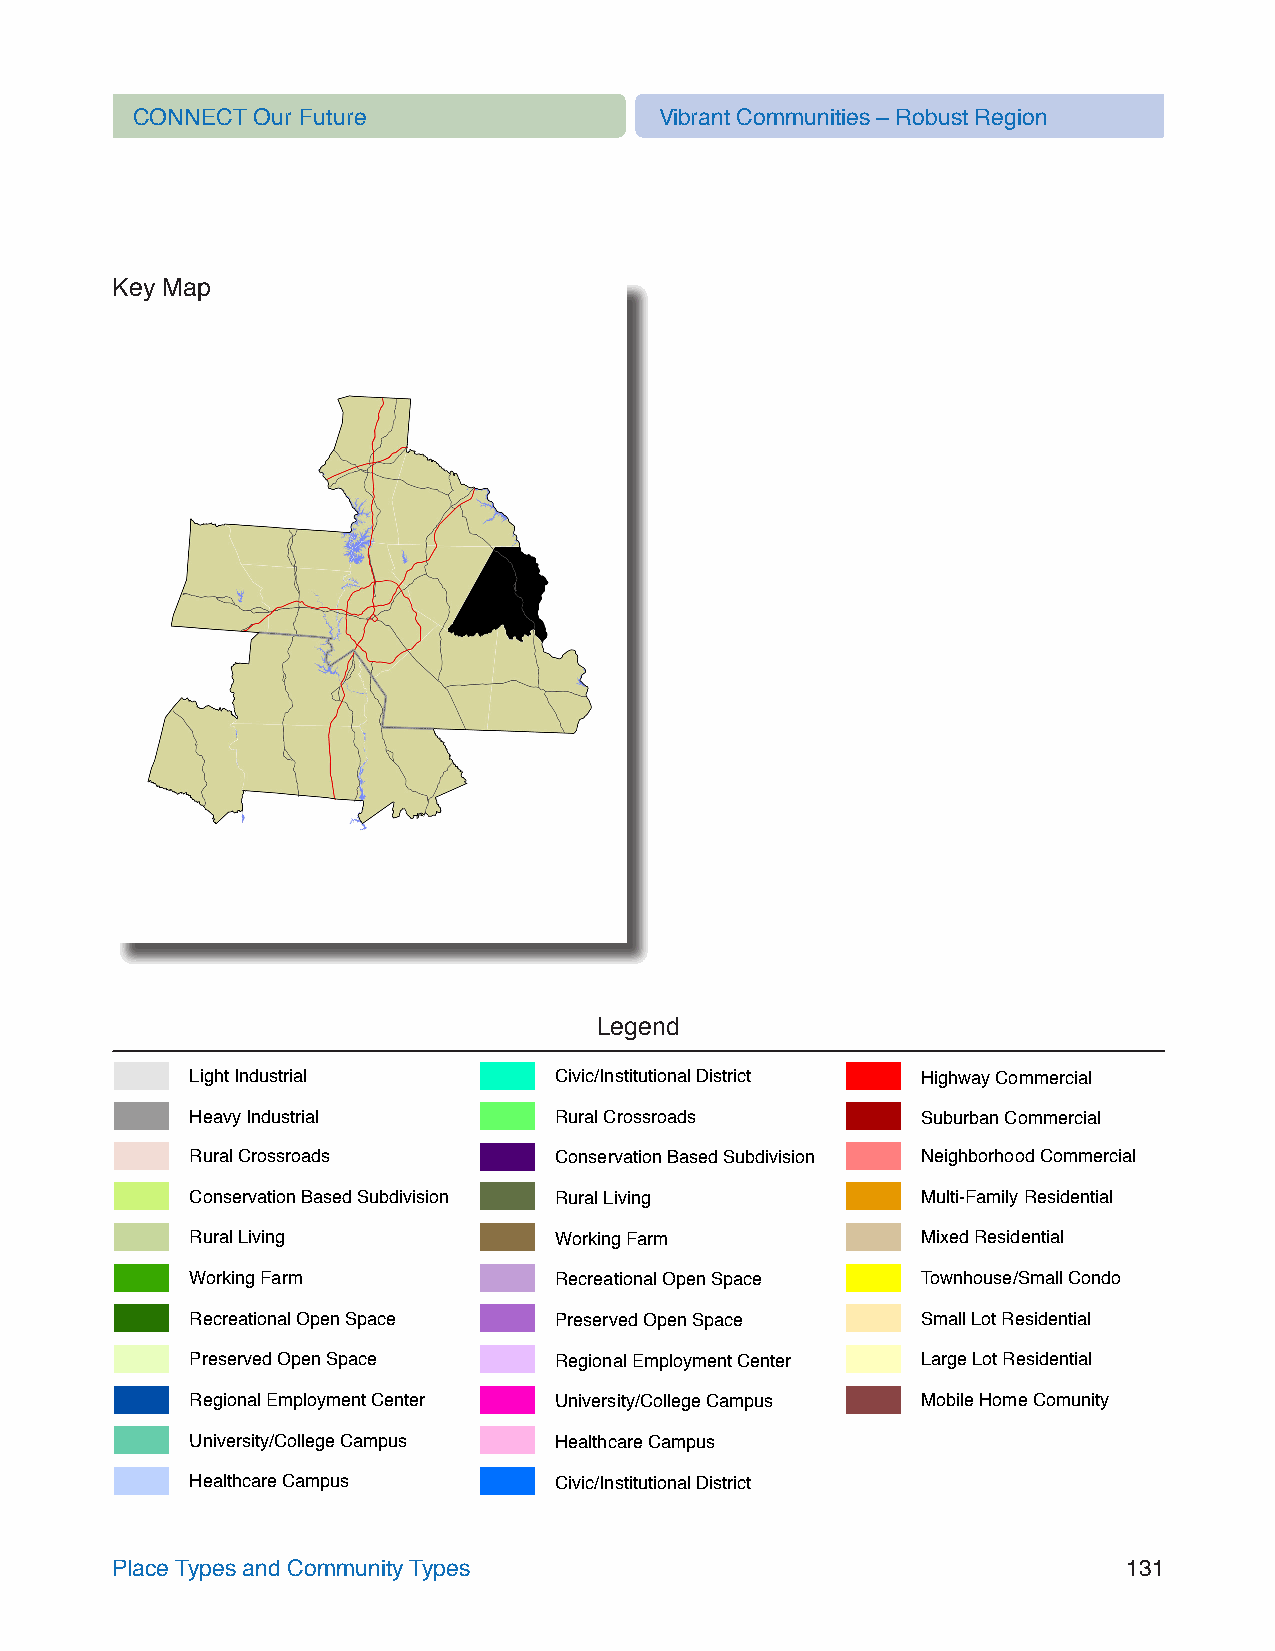
CONNECT Our Future                 Vibrant Communities – Robust Region
 Key Map
 Legend
 Light Industrial        Civic/Institutional District Highway Commercial
 Heavy Industrial        Rural Crossroads        Suburban Commercial
 Rural Crossroads        Conservation Based Subdivision Neighborhood Commercial
 Conservation Based Subdivision Rural Living     Multi-Family Residential
 Rural Living            Working Farm            Mixed Residential
 Working Farm            Recreational Open Space Townhouse/Small Condo
 Recreational Open Space Preserved Open Space    Small Lot Residential
 Preserved Open Space    Regional Employment Center Large Lot Residential
 Regional Employment Center University/College Campus Mobile Home Comunity
 University/College Campus Healthcare Campus
 Healthcare Campus       Civic/Institutional District
 Place Types and Community Types                                     131